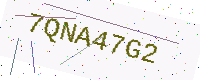
Text: 7QNA47G2